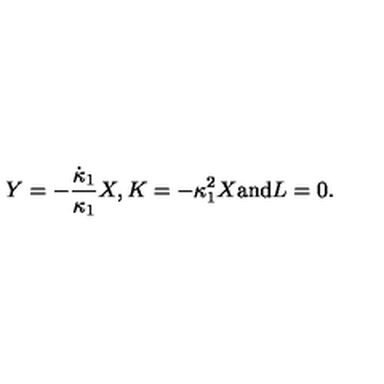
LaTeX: Y = - \frac { \dot { \kappa } _ { 1 } } { \kappa _ { 1 } } X , K = - \kappa _ { 1 } ^ { 2 } X \mathrm { a n d } L = 0 .